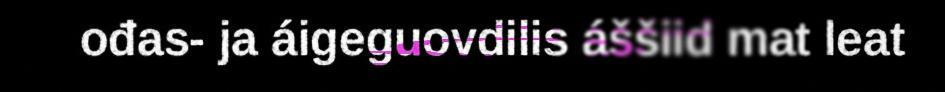
ođas- ja áigeguovdilis áššiid mat leat